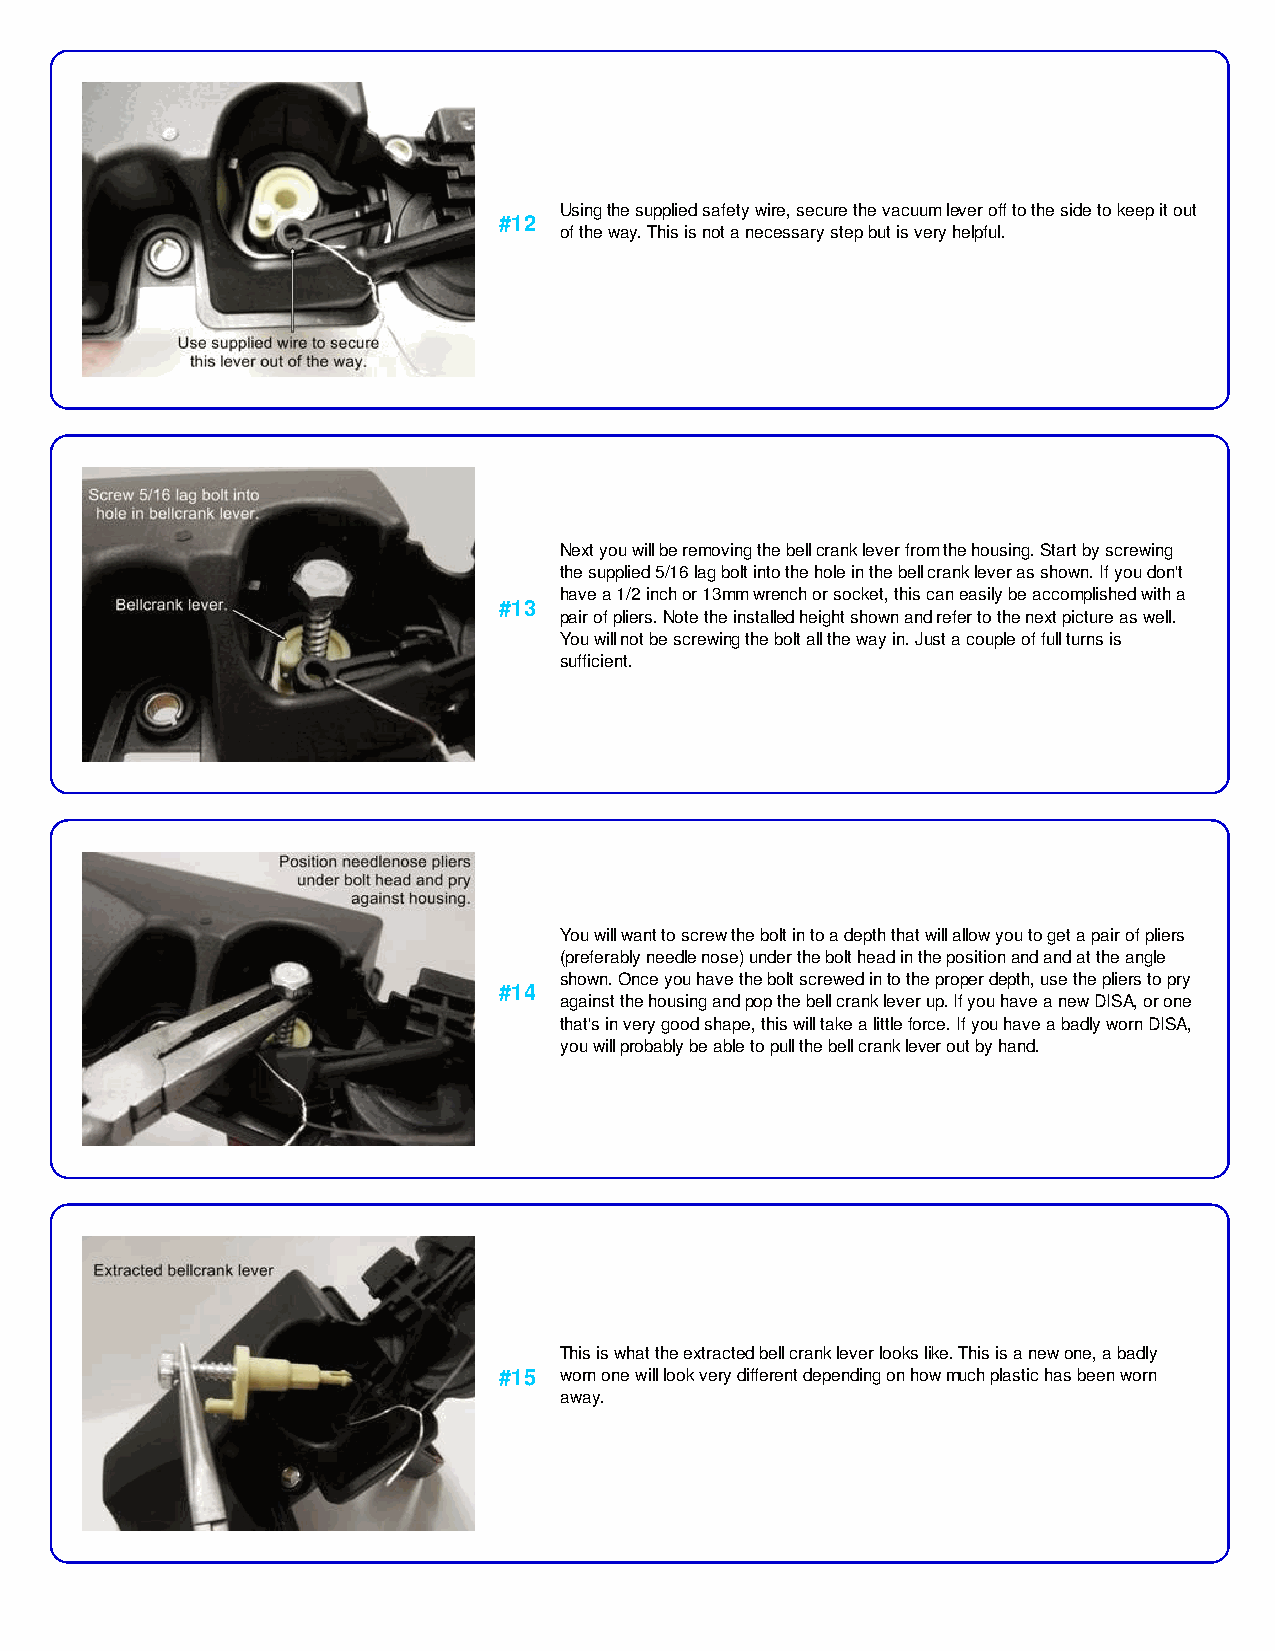
Using the supplied safety wire, secure the vacuum lever off to the side to keep it out
 #12
 of the way. This is not a necessary step but is very helpful.
 Next you will be removing the bell crank lever from the housing. Start by screwing
 the supplied 5/16 lag bolt into the hole in the bell crank lever as shown. If you don't
 have a 1/2 inch or 13mm wrench or socket, this can easily be accomplished with a
 #13
 pair of pliers. Note the installed height shown and refer to the next picture as well.
 You will not be screwing the bolt all the way in. Just a couple of full turns is
 sufficient.
 You will want to screw the bolt in to a depth that will allow you to get a pair of pliers
 (preferably needle nose) under the bolt head in the position and and at the angle
 shown. Once you have the bolt screwed in to the proper depth, use the pliers to pry
 #14
 against the housing and pop the bell crank lever up. If you have a new DISA, or one
 that's in very good shape, this will take a little force. If you have a badly worn DISA,
 you will probably be able to pull the bell crank lever out by hand.
 This is what the extracted bell crank lever looks like. This is a new one, a badly
 #15 worn one will look very different depending on how much plastic has been worn
 away.